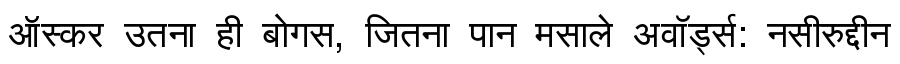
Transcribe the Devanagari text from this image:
ऑस्कर उतना ही बोगस, जितना पान मसाले अवॉर्ड्स: नसीरुद्दीन